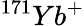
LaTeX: {}^{171}Yb^{+}